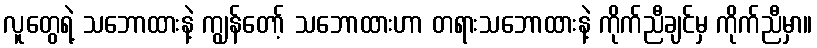
လူတွေရဲ့ သဘောထားနဲ့ ကျွန်တော့် သဘောထားဟာ တရားသဘောထားနဲ့ ကိုက်ညီချင်မှ ကိုက်ညီမှာ။